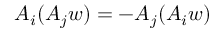
A _ { i } ( A _ { j } w ) = - A _ { j } ( A _ { i } w )